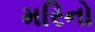
મરિનો